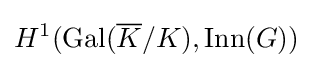
H^{1}(\mathrm {Gal} ({\overline {K}}/K),\mathrm {Inn} (G))